Ridala_vallavalitsus, lk 16
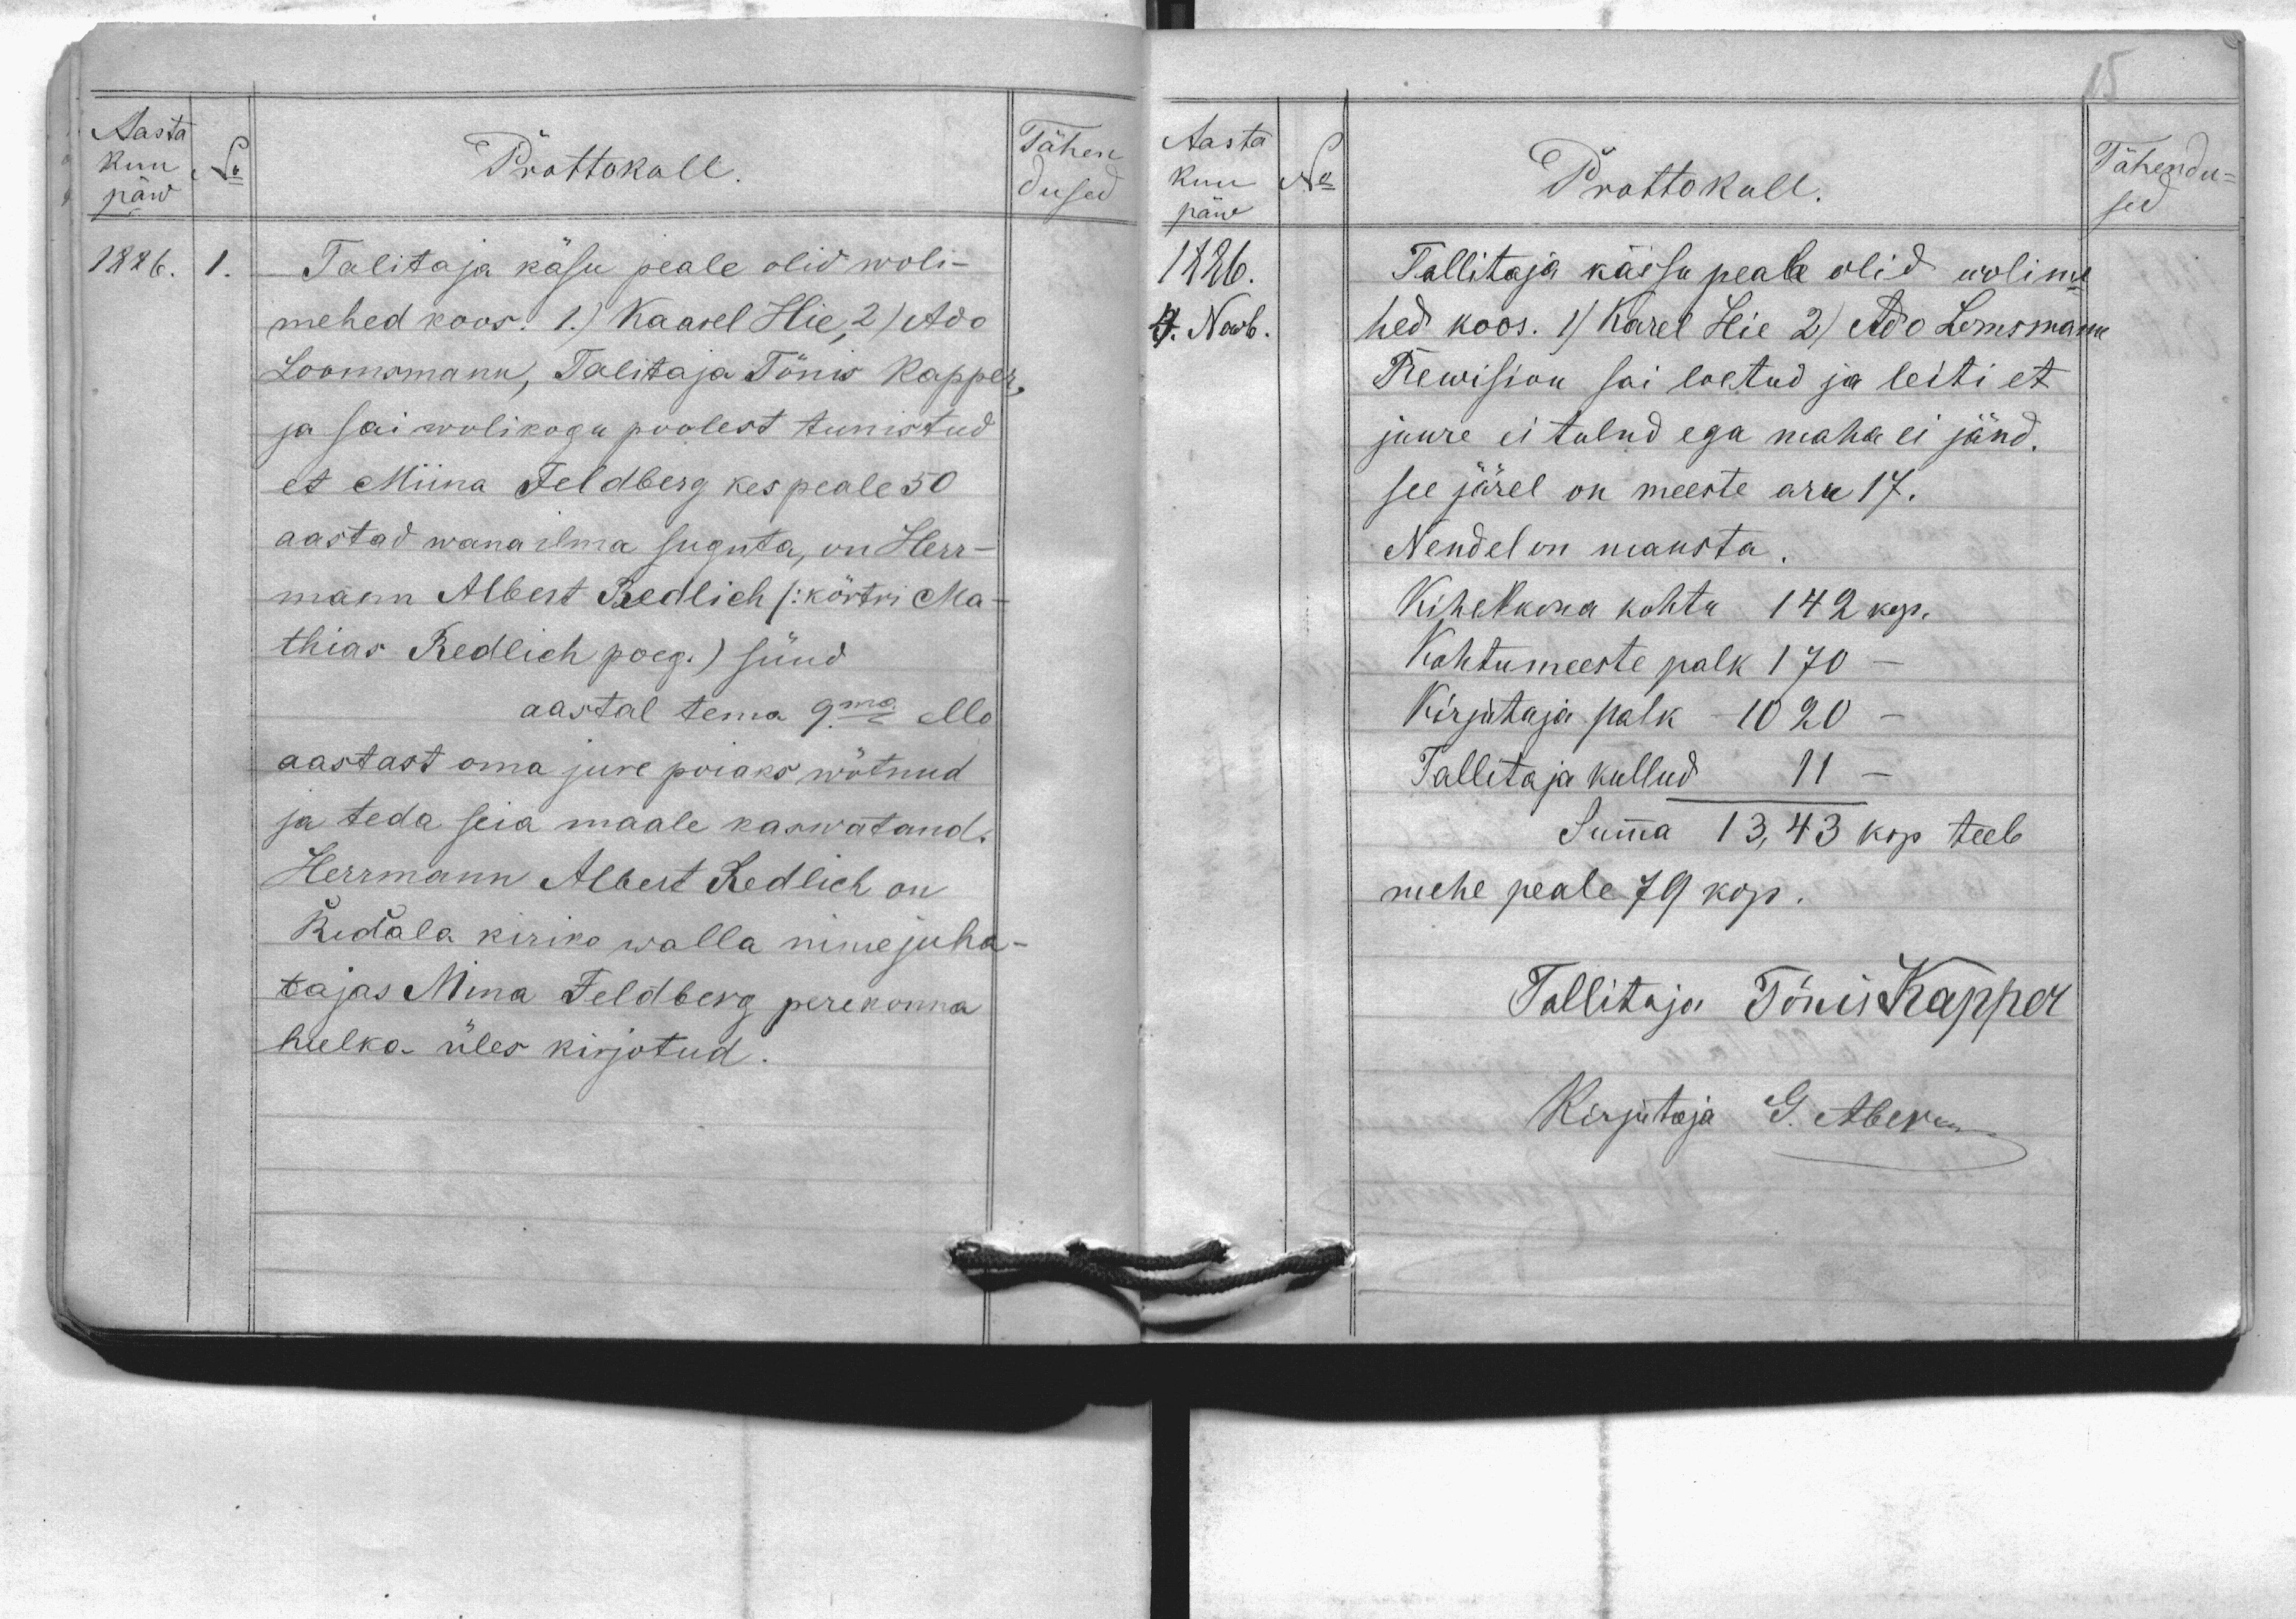
Aasta
kuu
päw
1886.
1.
Prottokoll.
Talitaja käsu peale olid woli-
mehed koos. 1.) Karel Hie, 2) Adi
Loomsmann, Talitaja Tõnis Kapper,
ja sai wolikogu poolest tunnistud
et Miina Feldberg kes peale 50
aastad wana ilma suguta, on Herr-
mann ALbert Redlich (: körtri Ma-
thias Redlich poeg) sünd
aastal tema 9ma ello
aastast oma jure poiaks wõtnud
ja teda seia maale kaswatand,
Herrmann Albert Redlich on
Ridala kiriko walla nimejuha-
tajas Mina Feldbergi perekonna
hulka üles kirjotud.
Tähen
dused
No

Aasta
kuu
No
päw
1886.
4. Nowb.
Prottokoll.
Tallitaja kässu peale olid wolime-
hed koos. 1) Karel Hie 2) Ado Lomsmann
Rewisioni sai loetud ja leiti et
juure ei tulnd ega maha ei jänd.
see järel on meeste aru 17.
Nendel on maksta.
Kihelkonna kohtu 142 kop.
Kohtumeeste palk 170
Kirjutaja palk 1020
Tallitaja kullud 11
Summa 13,43 kop teeb
mehe peale 79 kop.
Tallitaja Tõnis Kapper
Kirjutaja G. Aberm
Tähendu-
sed